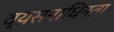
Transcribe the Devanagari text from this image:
व्यसनाधिनता